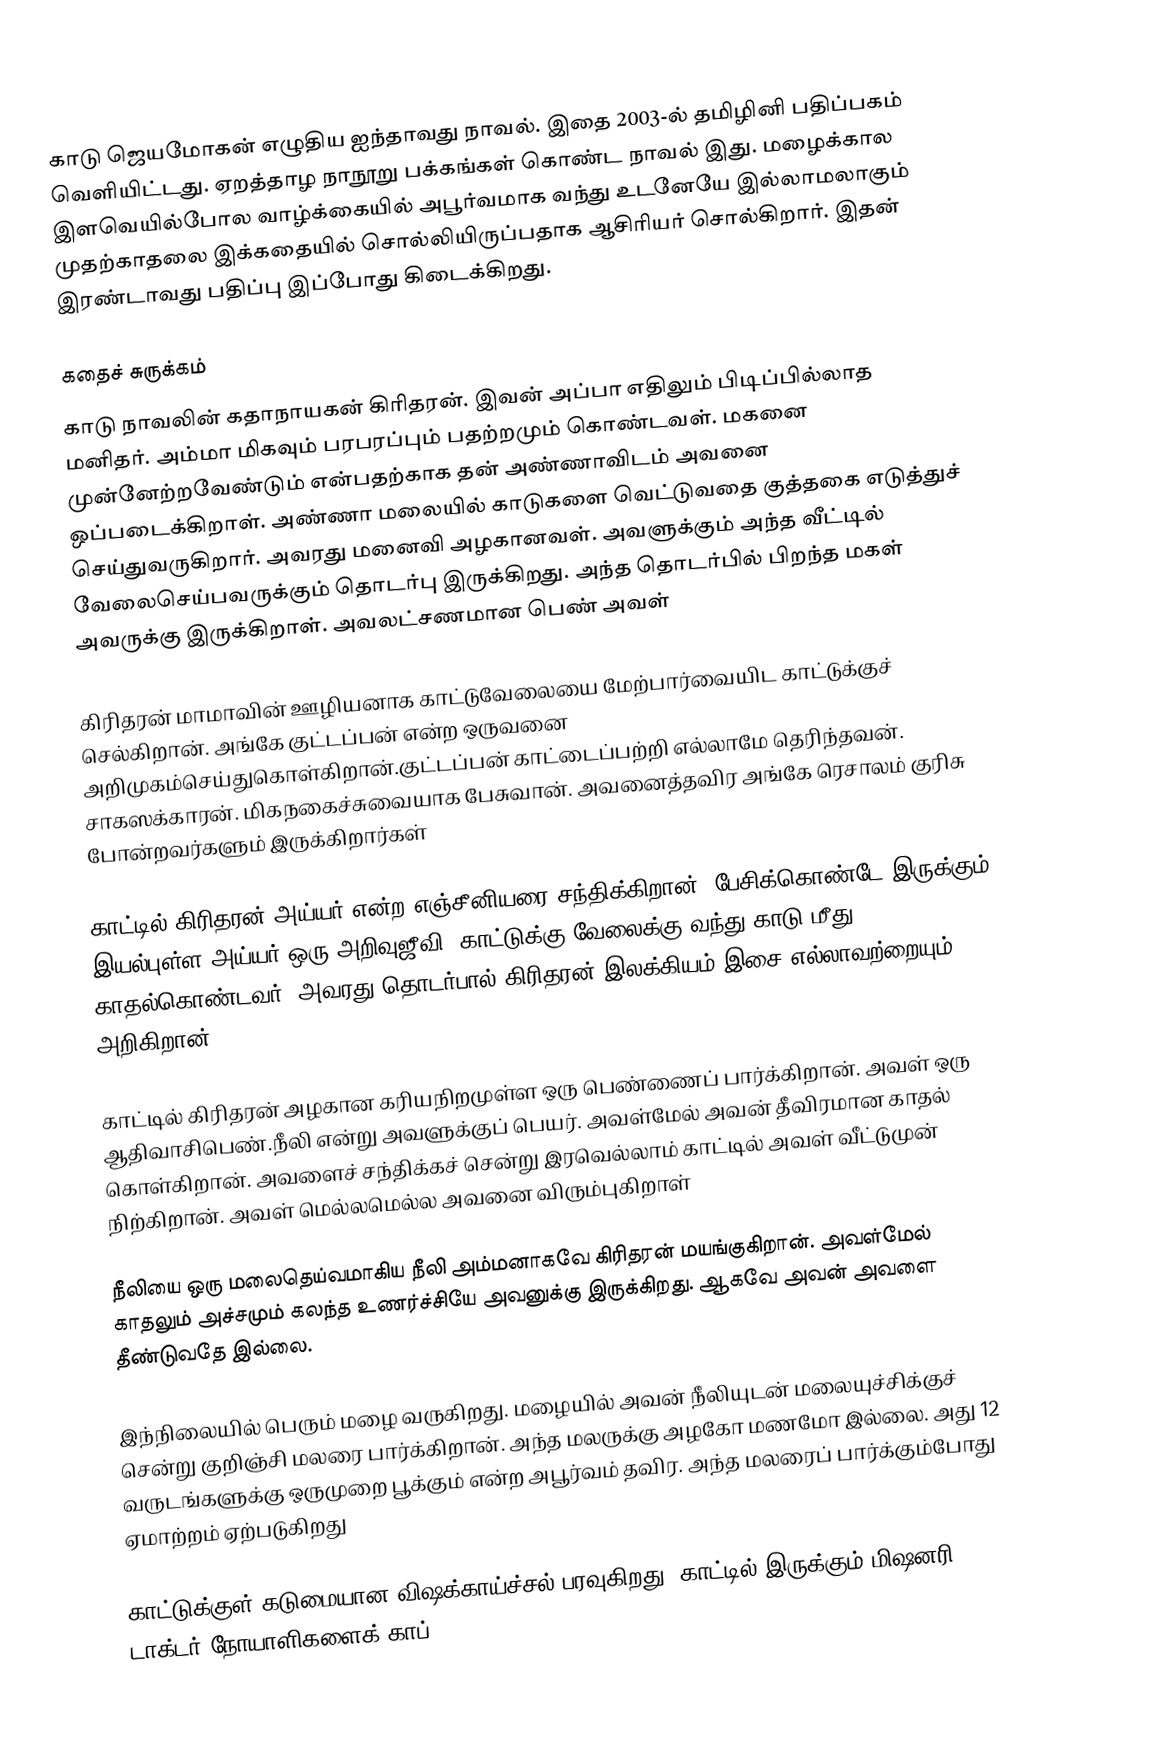
காடு ஜெயமோகன் எழுதிய ஐந்தாவது நாவல். இதை 2003-ல் தமிழினி பதிப்பகம் வெளியிட்டது. ஏறத்தாழ நாநூறு பக்கங்கள் கொண்ட நாவல் இது. மழைக்கால இளவெயில்போல வாழ்க்கையில் அபூர்வமாக வந்து உடனேயே இல்லாமலாகும் முதற்காதலை இக்கதையில் சொல்லியிருப்பதாக ஆசிரியர் சொல்கிறார். இதன் இரண்டாவது பதிப்பு இப்போது கிடைக்கிறது.

கதைச் சுருக்கம்
காடு நாவலின் கதாநாயகன் கிரிதரன். இவன் அப்பா எதிலும் பிடிப்பில்லாத மனிதர். அம்மா மிகவும் பரபரப்பும் பதற்றமும் கொண்டவள். மகனை முன்னேற்றவேண்டும் என்பதற்காக தன் அண்ணாவிடம் அவனை ஒப்படைக்கிறாள். அண்ணா மலையில் காடுகளை வெட்டுவதை குத்தகை எடுத்துச் செய்துவருகிறார். அவரது மனைவி அழகானவள். அவளுக்கும் அந்த வீட்டில் வேலைசெய்பவருக்கும் தொடர்பு இருக்கிறது. அந்த தொடர்பில் பிறந்த மகள் அவருக்கு இருக்கிறாள். அவலட்சணமான பெண் அவள்

கிரிதரன் மாமாவின் ஊழியனாக காட்டுவேலையை மேற்பார்வையிட காட்டுக்குச் செல்கிறான். அங்கே குட்டப்பன் என்ற ஒருவனை அறிமுகம்செய்துகொள்கிறான்.குட்டப்பன் காட்டைப்பற்றி எல்லாமே தெரிந்தவன். சாகஸக்காரன். மிகநகைச்சுவையாக பேசுவான். அவனைத்தவிர அங்கே ரெசாலம் குரிசு போன்றவர்களும் இருக்கிறார்கள்

காட்டில் கிரிதரன் அய்யர் என்ற எஞ்சீனியரை சந்திக்கிறான். பேசிக்கொண்டே இருக்கும் இயல்புள்ள அய்யர் ஒரு அறிவுஜீவி. காட்டுக்கு வேலைக்கு வந்து காடு மீது காதல்கொண்டவர். அவரது தொடர்பால் கிரிதரன் இலக்கியம் இசை எல்லாவற்றையும் அறிகிறான்

காட்டில் கிரிதரன் அழகான கரியநிறமுள்ள ஒரு பெண்ணைப் பார்க்கிறான். அவள் ஒரு ஆதிவாசிபெண்.நீலி என்று அவளுக்குப் பெயர். அவள்மேல் அவன் தீவிரமான காதல் கொள்கிறான். அவளைச் சந்திக்கச் சென்று இரவெல்லாம் காட்டில் அவள் வீட்டுமுன் நிற்கிறான். அவள் மெல்லமெல்ல அவனை விரும்புகிறாள்

நீலியை ஒரு மலைதெய்வமாகிய நீலி அம்மனாகவே கிரிதரன் மயங்குகிறான். அவள்மேல் காதலும் அச்சமும் கலந்த உணர்ச்சியே அவனுக்கு இருக்கிறது. ஆகவே அவன் அவளை தீண்டுவதே இல்லை.

இந்நிலையில் பெரும் மழை வருகிறது. மழையில் அவன் நீலியுடன் மலையுச்சிக்குச் சென்று குறிஞ்சி மலரை பார்க்கிறான். அந்த மலருக்கு அழகோ மணமோ இல்லை. அது 12 வருடங்களுக்கு ஒருமுறை பூக்கும் என்ற அபூர்வம் தவிர. அந்த மலரைப் பார்க்கும்போது ஏமாற்றம் ஏற்படுகிறது

காட்டுக்குள் கடுமையான விஷக்காய்ச்சல் பரவுகிறது. காட்டில் இருக்கும் மிஷனரி டாக்டர் நோயாளிகளைக் காப்